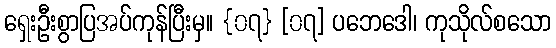
ရှေးဦးစွာပြအပ်ကုန်ပြီးမှ။ {၀၇} [၀၇] ပဘေဒေါ၊ ကုသိုလ်စသော